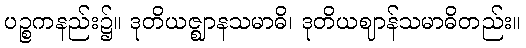
ပဉ္စကနည်း၌။ ဒုတိယဇ္ဈာနသမာဓိ၊ ဒုတိယဈာန်သမာဓိတည်း။